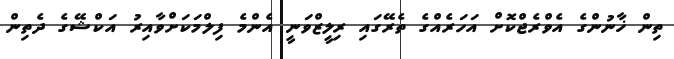
ތިން ޚާނުންގެ އެވްރެޖްކޮށް އަހަރެއްގެ ތެރޭގައި ރިލީޒްވަނީ އެންމެ ފިލްމަކަށްވާއިރު އަކްޝޭގެ ދެތިން